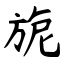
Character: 旎